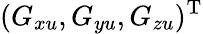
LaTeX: (G_{xu},G_{yu},G_{zu})^{\mathrm{T}}